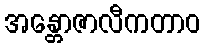
အန္တောဇာလီကတာဝ